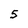
Character: 5